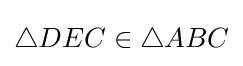
\triangle DEC\in \triangle ABC